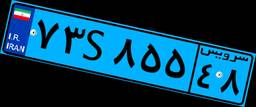
۷۳S۸۵۵۴۸